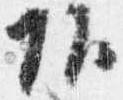
頭